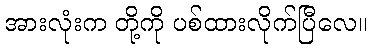
အားလုံးက တို့ကို ပစ်ထားလိုက်ပြီလေ။